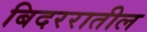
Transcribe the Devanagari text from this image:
बिदररातील